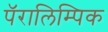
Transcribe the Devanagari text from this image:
पॅरालिम्पिक